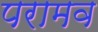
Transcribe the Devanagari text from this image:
परामव